Leningradi_Edasi_toimetus, lk 205
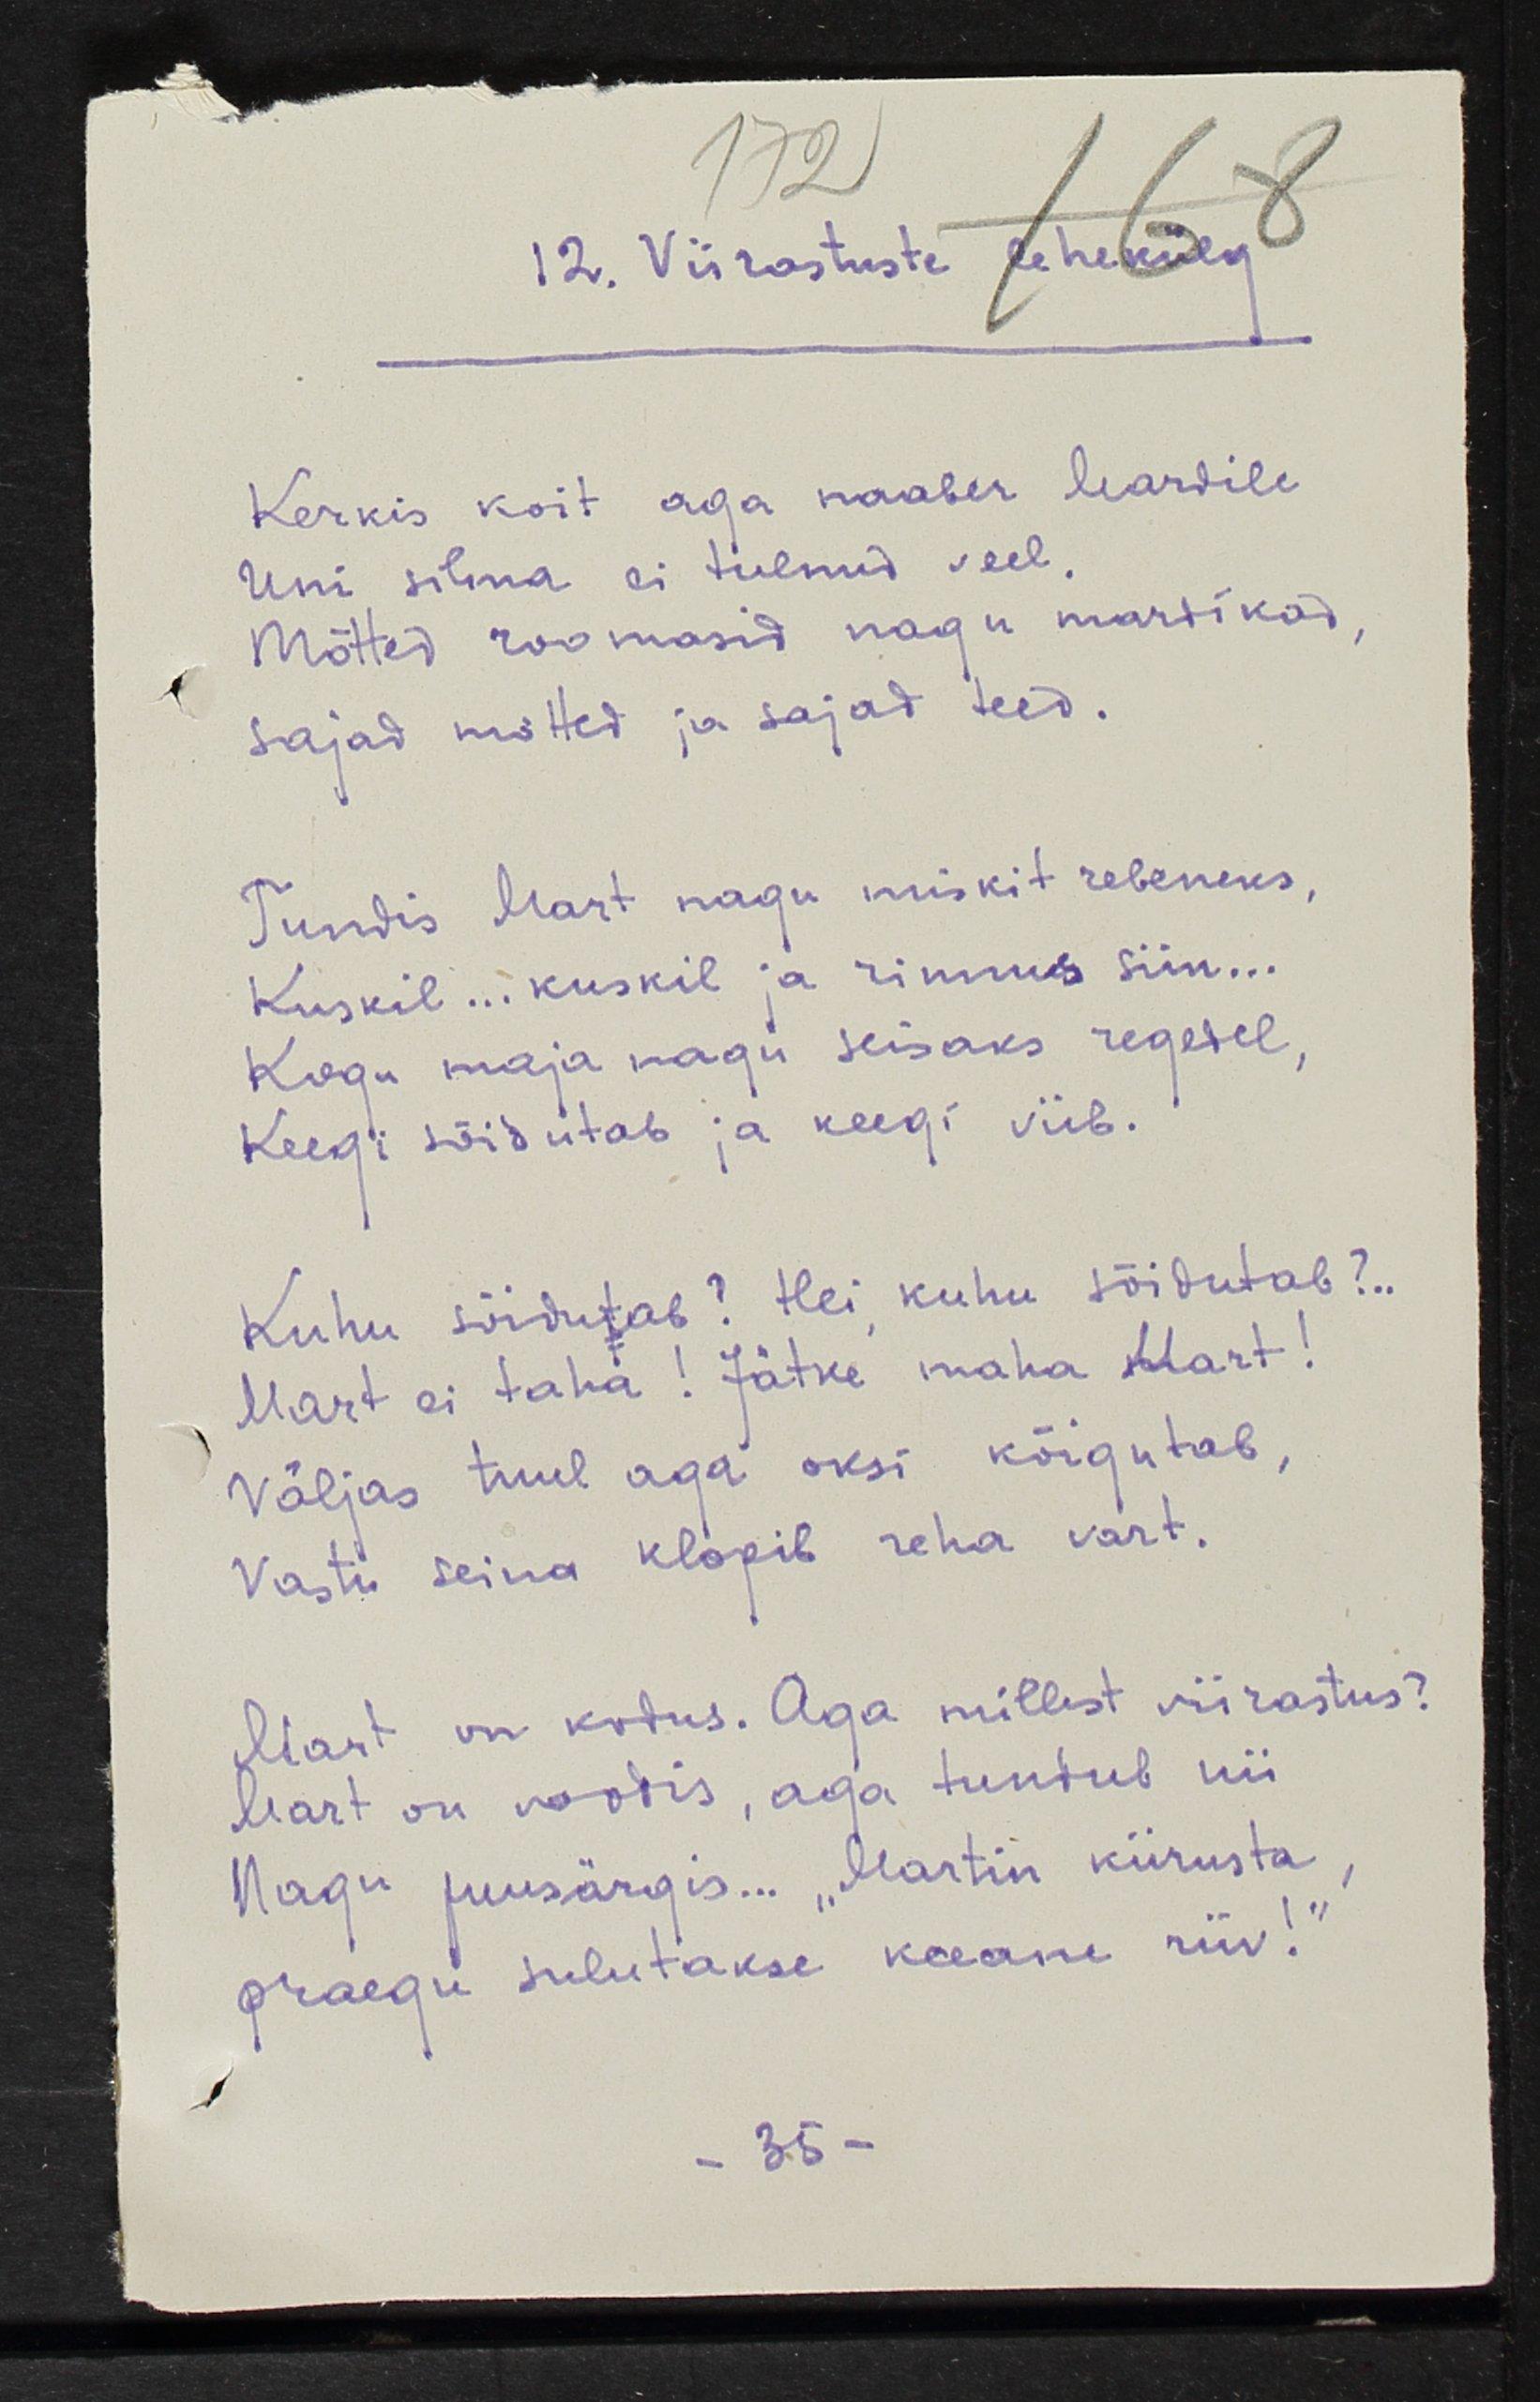
Viirastuste lehekülg
Kerkis koit aga naaber Mardile
Uni silma ei tulnud veel.
Mõtted roomasid nagu mardikad,
Sajad mõtted ja sajad teed.
Tundis Mart nagu miskit rebeneks,
Kuskil...kuskil ja rinnus siin...
Kogu maja nagu seisaks regedel,
Keegi sõidutab ja keegi viib.
Kuhu sõidutab? Hei, kuhu sõidutab?..
Mart ei taha! Jätke maha Mart!
Väljas tuul aga oksi kõigutab,
Vastu seina klopib reha vart.
Mart on kodus. Aga millest viirastus?
Mart on voodis, aga tundub nii
Nagu puusärgis..."Martin kiirusta,
praegu sulutakse keeane riiv!"